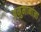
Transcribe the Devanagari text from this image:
अनुमानांना